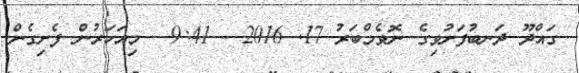
ގައްދޫ ދަނބުފަށުވިގެ ނޮވެމްބަރު 17